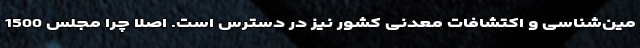
مین‌شناسی و اکتشافات معدنی کشور نیز در دسترس است. اصلا چرا مجلس 1500